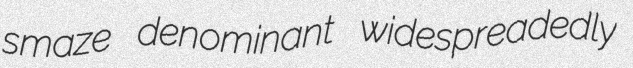
smaze denominant widespreadedly